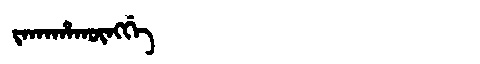
Manchu: ᠵᠠᡴᠠᡥᠠᡴᡡᠩᡤᡝ
Romanization: JAKAHAKŪNGGE